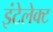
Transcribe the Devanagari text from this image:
इंटेलेक्ट